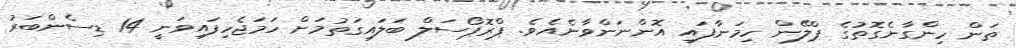
ތަން ހިންގާނެގޮތުގެ ޕްލޭން ހިމަނާފައި އޮންނަންވާނެއެވެ. ޕްރޮޕޯސަލް ބަލައިގަތުމަށް ހަމަޖެހިފައިވަނީ 14 ޑިސެންބަރު